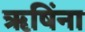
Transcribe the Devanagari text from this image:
ऋषिंना